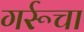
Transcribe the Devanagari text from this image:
गर्रूचा